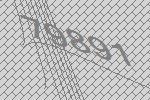
79891